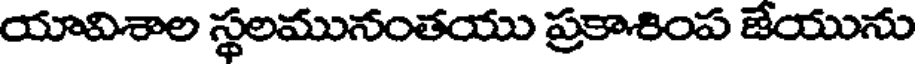
యావిశాల స్థలమునంతయు ప్రకాశింప జేయును